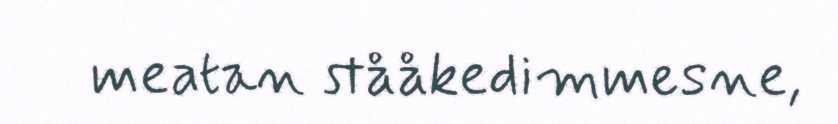
meatan stååkedimmesne,